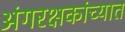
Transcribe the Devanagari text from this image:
अंगरक्षकांच्यात